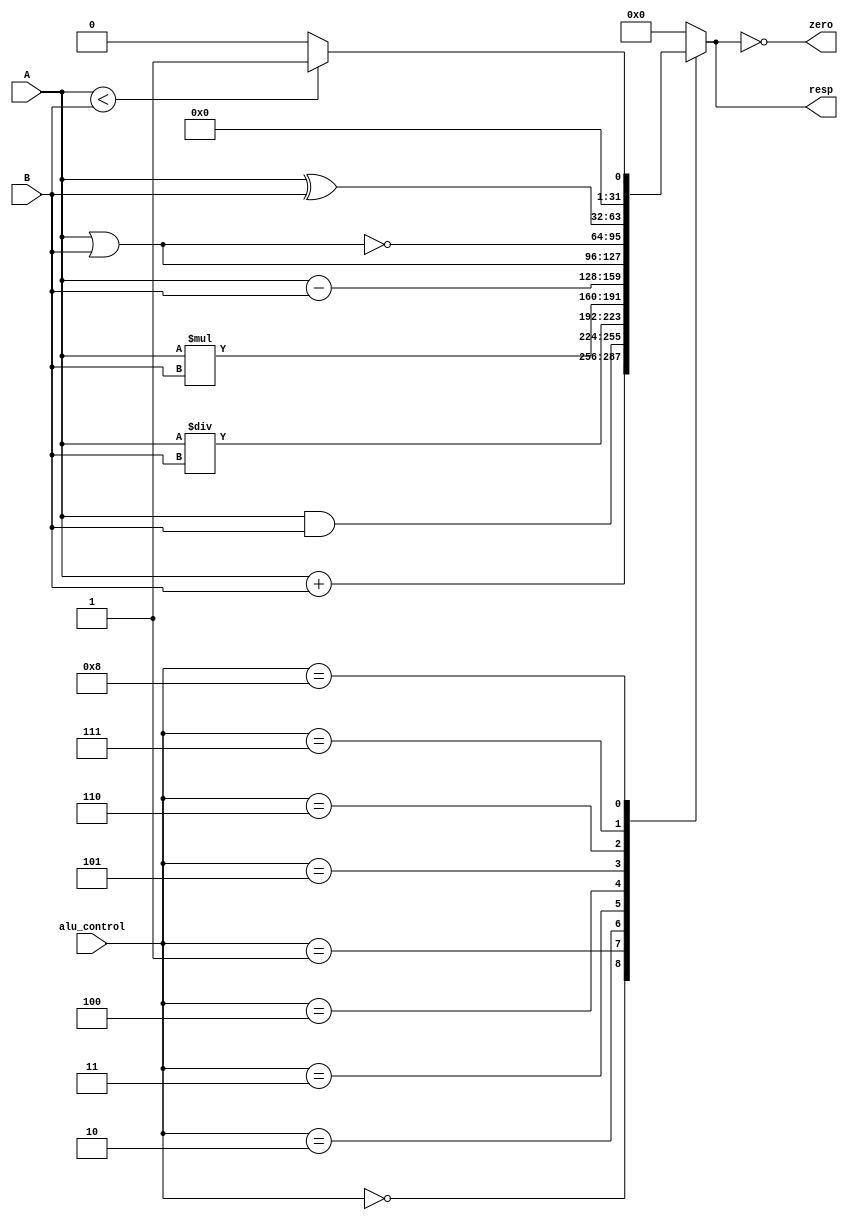
module ALU (alu_control, A, B, zero, resp);

	input [5:0] alu_control;
	input [31:0] A, B;
	
	output reg [31:0] resp;
	output zero;
	
	
	always @ (alu_control, A, B) begin 
	
		case (alu_control[5:0])
			6'b000000 : resp = A + B; //ADICAO
			6'b000001 : resp = A & B; //AND
			6'b000010 : resp = A / B; //DIVISAO
			6'b000011 : resp = A * B; //MULTIPLICACAO
			6'b000100 : resp = A - B; //SUBTRACAO
			6'b000101 : resp = A | B; //OR
			6'b000110 : resp = ~(A | B); //NOR
			6'b000111 : resp = A ^ B; //XOR
			6'b001000 : begin //slt
				if (A < B)
				begin
					resp = 1;
				end
				else
				begin
					resp = 0;
				end
			end
			
			default resp = 0;
		endcase
	end
	assign zero = (resp == 0); //zero eh vdd se resp tiver zero
endmodule